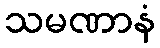
သမဏာနံ